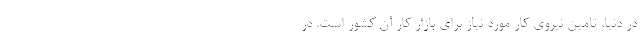
در دنیا، تامین نیروی کار مورد نیاز برای بازار کار آن کشور است. در